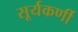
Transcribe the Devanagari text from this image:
सूर्यकर्णी